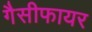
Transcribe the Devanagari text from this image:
गैसीफायर